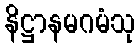
နိဋ္ဌာနမဂမံသု